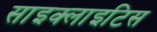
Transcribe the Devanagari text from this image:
साइक्लाइटिस